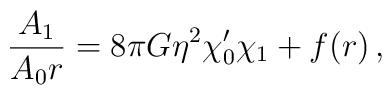
{A_1 \over A_0r} = 8\pi G\eta^2\chi_0'\chi_1 + f(r)\,,